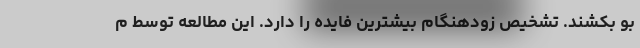
بو بکشند. تشخیص زودهنگام بیشترین فایده را دارد. این مطالعه توسط م